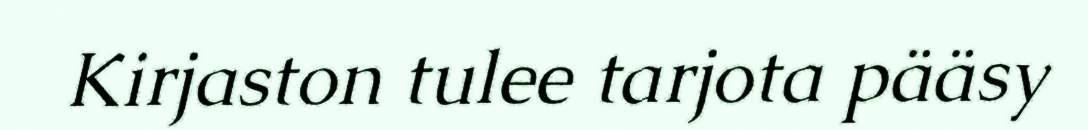
Kirjaston tulee tarjota pääsy